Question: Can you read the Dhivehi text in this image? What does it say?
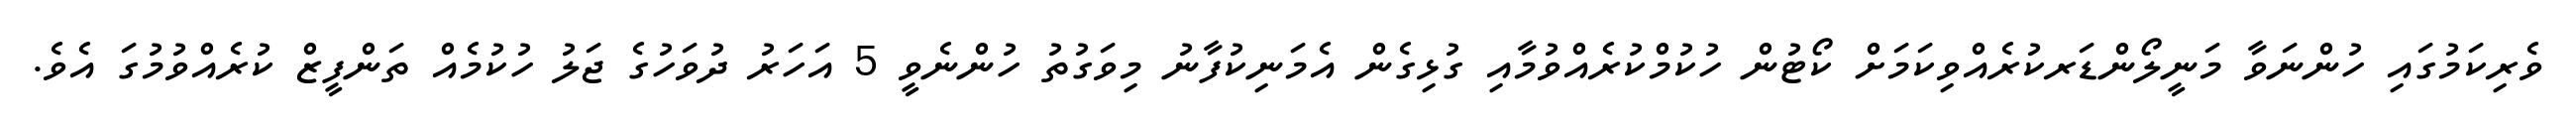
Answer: ވެރިކަމުގައި ހުންނަވާ މަނީލޯންޑަރކުރެއްވިކަމަށް ކޯޓުން ހުކުމްކުރެއްވުމާއި ގުޅިގެން އެމަނިކުފާނު މިވަގުތު ހުންނެވީ 5 އަހަރު ދުވަހުގެ ޖަލު ހުކުމެއް ތަންފީޒް ކުރެއްވުމުގަ އެވެ.